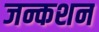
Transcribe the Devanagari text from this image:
जन्कशन